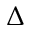
\Delta